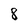
Character: 8